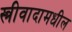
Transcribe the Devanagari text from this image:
स्त्रीवादामधील